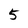
Character: 5